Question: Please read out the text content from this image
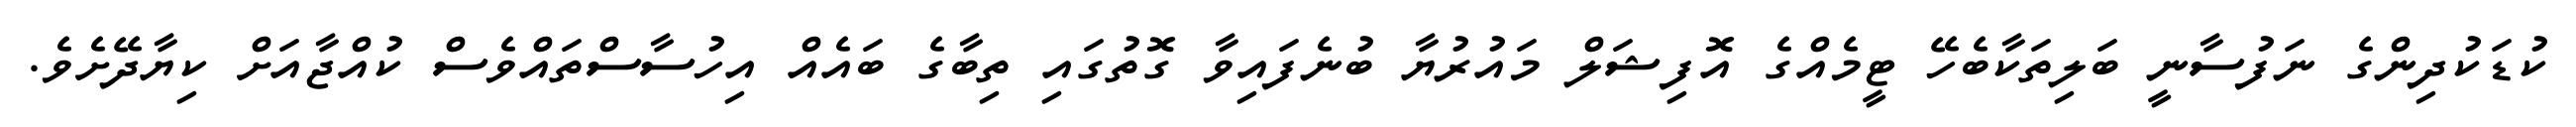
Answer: ކުޑަކުދިންގެ ނަފުސާނީ ބަލިތަކާބެހޭ ޓީމެއްގެ އޮފިޝަލް މައުރުޔާ ބުނެފައިވާ ގޮތުގައި ތިބާގެ ބައެއް އިހުސާސްތައްވެސް ކުއްޖާއަށް ކިޔާދޭށެވެ.